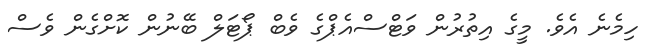
ހިމެނެ އެވެ. މީގެ އިތުރުން ވަޓްސްއެޕްގެ ވެބް ޕޯޓަލް ބޭނުން ކޮށްގެން ވެސް